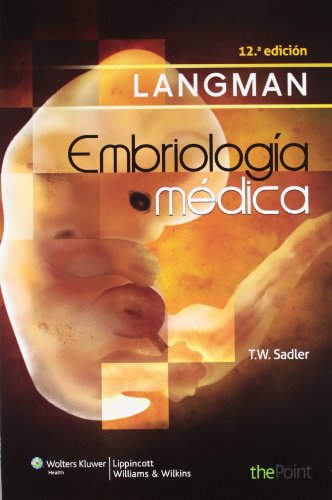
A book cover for Langman. EmbriologÃ­a mÃ©dica (Spanish Edition); T W Sadler PhD; Medical Books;